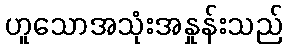
ဟူသောအသုံးအနှုန်းသည်